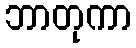
ဘာတုကာ